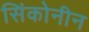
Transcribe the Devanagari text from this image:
सिंकोनीन